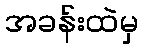
အခန်းထဲမှ